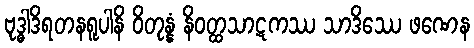
ဗုဒ္ဓါဒိရတနရူပါနိ ဝိတုန္နံ နိဝတ္ထသာဋကဿ သာဒိဿေ ဖဏေန